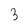
Character: 3